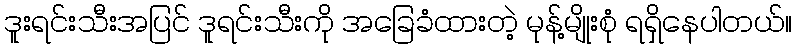
ဒူးရင်းသီးအပြင် ဒူရင်းသီးကို အခြေခံထားတဲ့ မုန့်မျိုးစုံ ရရှိနေပါတယ်။